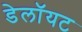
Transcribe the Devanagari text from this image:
डेलॉयट